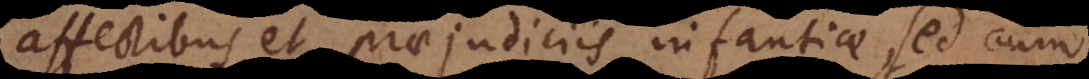
affectibus et praejudiciis infantiae, sed cum